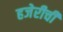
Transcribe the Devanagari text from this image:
हजेरीची